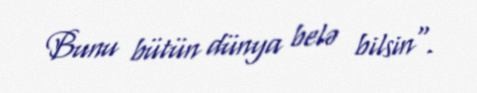
Bunu bütün dünya belə bilsin".